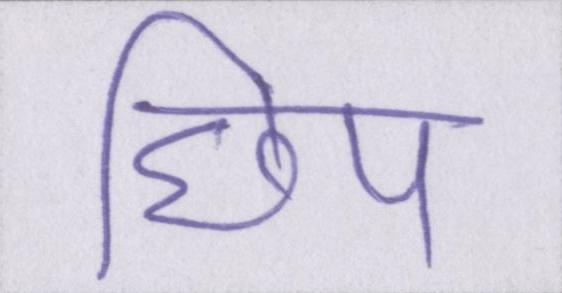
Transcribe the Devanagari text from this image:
छिप